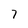
Character: 7